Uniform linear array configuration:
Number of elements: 16
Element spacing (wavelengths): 0.5
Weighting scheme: cosine
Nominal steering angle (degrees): -45
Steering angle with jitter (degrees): -43.318
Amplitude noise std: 0.05
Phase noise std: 0.05

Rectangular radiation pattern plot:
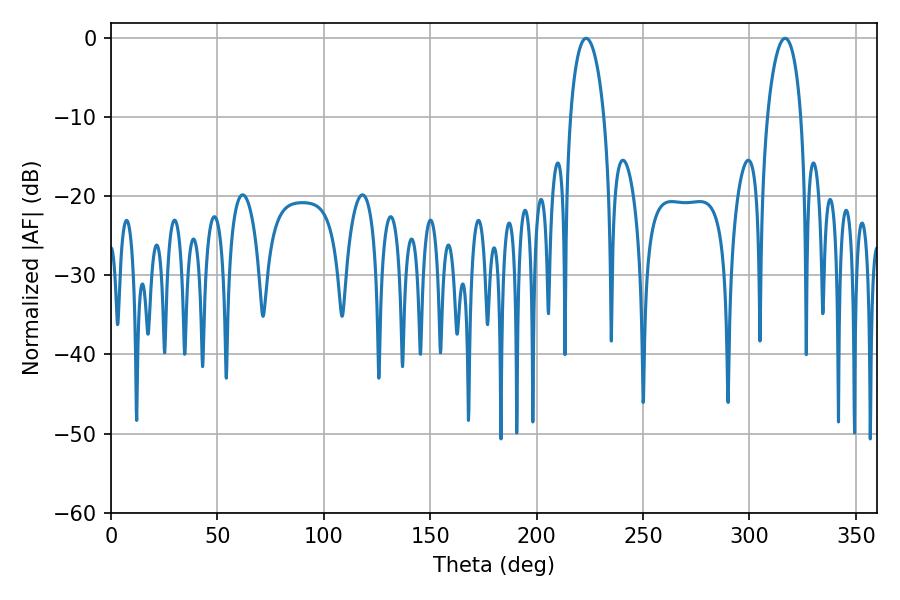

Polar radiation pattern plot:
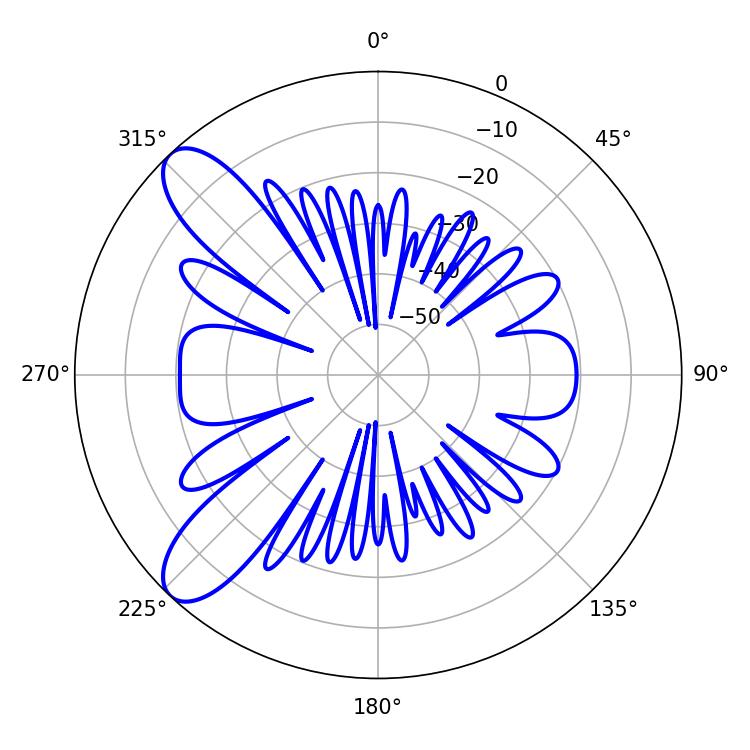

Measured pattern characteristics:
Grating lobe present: FALSE
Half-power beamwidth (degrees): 9
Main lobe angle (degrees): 223.2